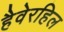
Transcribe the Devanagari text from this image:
हैवेरहिल